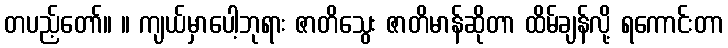
တပည့်တော်။ ။ ကျယ်မှာပေါ့ဘုရား ဇာတိသွေး ဇာတိမာန်ဆိုတာ ထိမ်ချန်လို့ ရကောင်းတာ